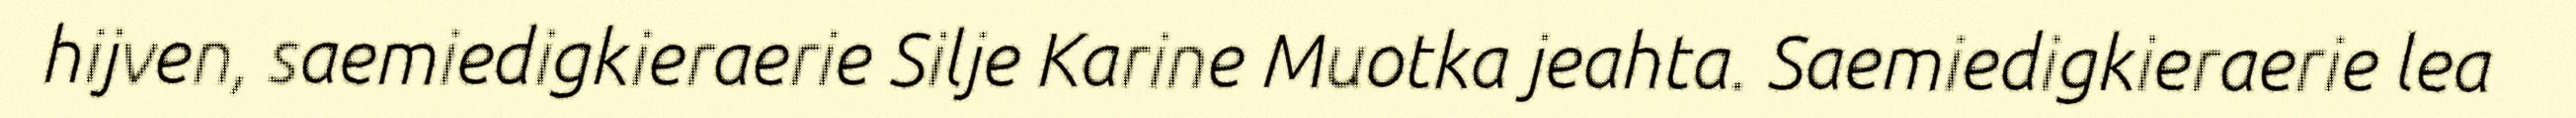
hijven, saemiedigkieraerie Silje Karine Muotka jeahta. Saemiedigkieraerie lea